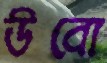
উবো